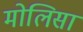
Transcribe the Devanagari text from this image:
मोलिसा